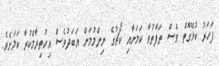
ފަހަރު ކުޅޭގޮތް ވެސް ތަފާތުވާ ކަމަށާއި ކޯޗުގެ ނިންމުމަށް އަބަދުވެސް އިހުތިރާމްކުރާ ކަމަށެވެ.